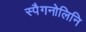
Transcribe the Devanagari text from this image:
स्पैगनोलिनि